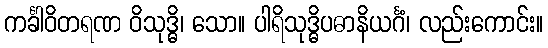
ကင်္ခါဝိတရဏ ဝိသုဒ္ဓိ၊ သော။ ပါရိသုဒ္ဓိပဓာနိယင်္ဂံ၊ လည်းကောင်း။